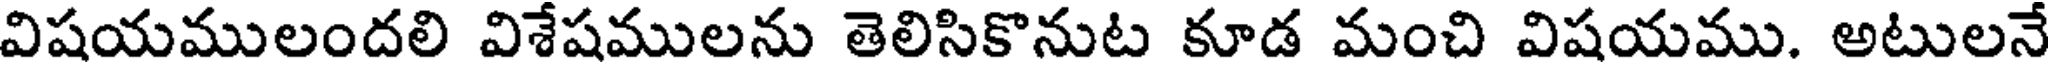
విషయములందలి విశేషములను తెలిసికొనుట కూడ మంచి విషయము. అటులనే